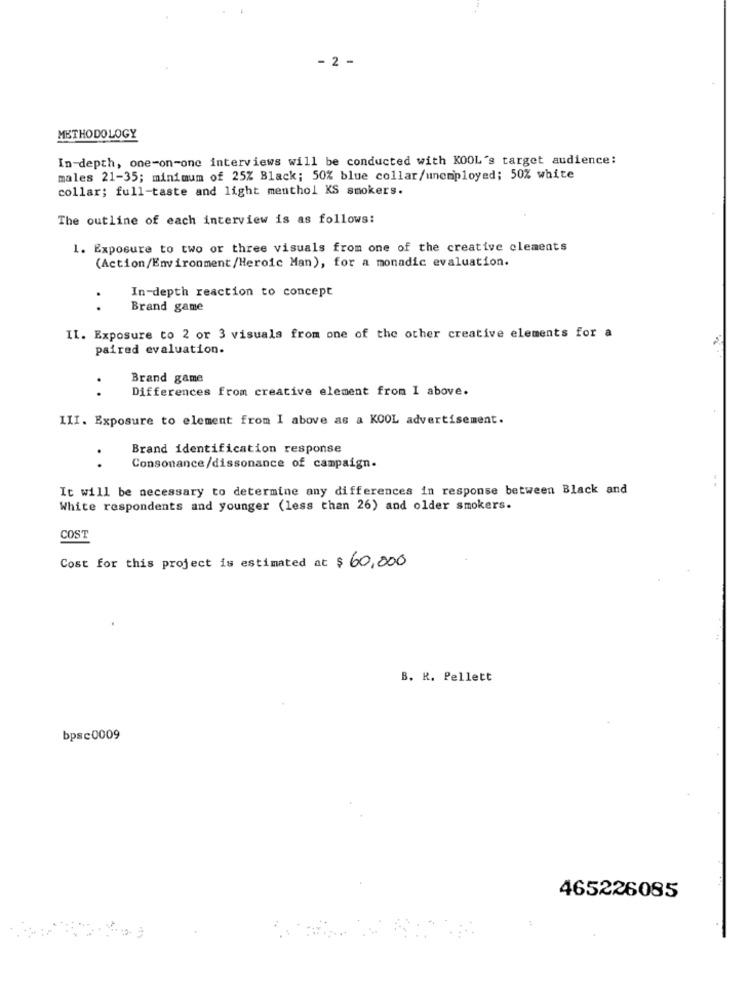
- 2 -
METHODOLOGY
In-depth, one-on-one interviews will be conducted with KOOL's target audience:
males 21-35; minimum of 25% Black; 50% blue collar/unemployed; 50% white
collar; full-taste and light menthol KS smokers.
The outline of each interview is as follows:
1. Exposure to two or three visuals from one of the creative clements
(Action/Environment/Heroic Man), for a monadic evaluation.
In-depth reaction to concept
..
Brand game
II. Exposure to 2 or 3 visuals from one of the other creative elements for a
paired evaluation.
Brand game
..
Differences from creative element from I above.
III. Exposure to element from I above as a KOOL advertisement.
Brand identification response
..
Consonance/dissonance of campaign.
It will be necessary to determine any differences in response between Black and
White respondents and younger (less than 26) and older smokers.
COST
Cost for this project is estimated at $ 60,000
B. R. Pellett
bpsc0009
465226085